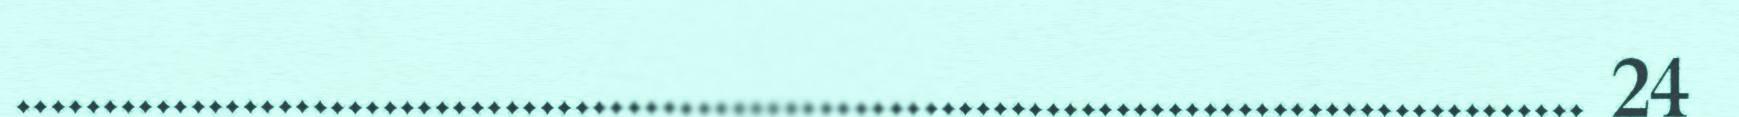
.......................................................................................... 24